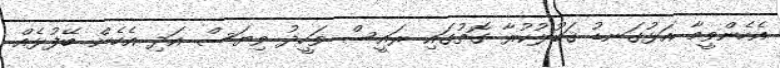
އެހެންވީމާ އަޅުގަނޑު ޤަބޫލުކުރާ ގޮތުގައި ރައީސް ވަހީދު ވިޔަސް އަދި އެހެން ބޭފުޅެއް